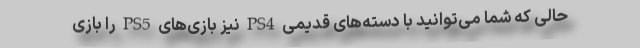
حالی که شما می‌توانید با دسته‌های قدیمی PS4 نیز بازی‌های PS5 را بازی